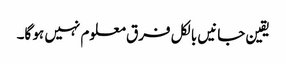
یقین جانیں بالکل فرق معلوم نہیں ہو گا۔